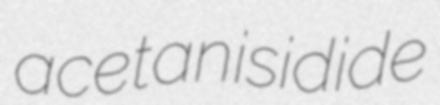
acetanisidide